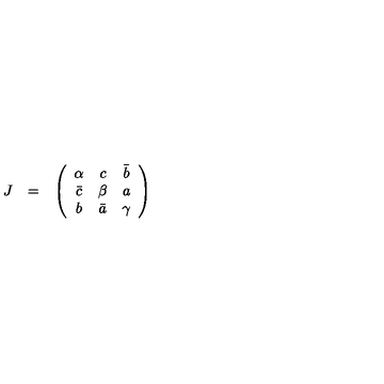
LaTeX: \begin{array} { c c c } { J } & { = } & { \left( \begin{array} { c c c } { \alpha } & { c } & { \bar { b } } \\ { \bar { c } } & { \beta } & { a } \\ { b } & { \bar { a } } & { \gamma } \\ \end{array} \right) } \\ \end{array}